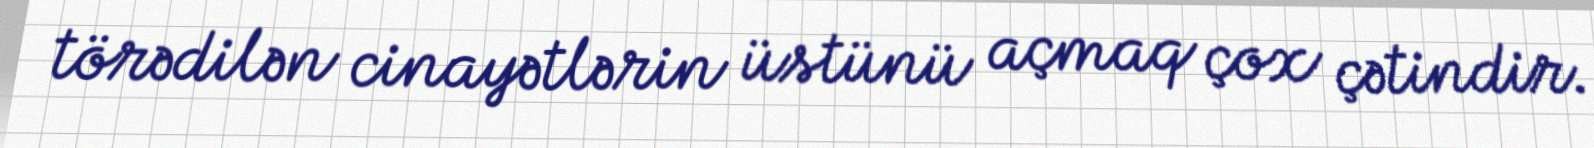
törədilən cinayətlərin üstünü açmaq çox çətindir.